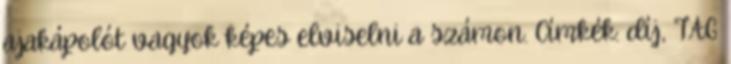
ajakápolót vagyok képes elviselni a számon. Címkék: díj, TAG